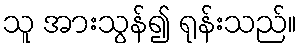
သူ အားသွန်၍ ရုန်းသည်။